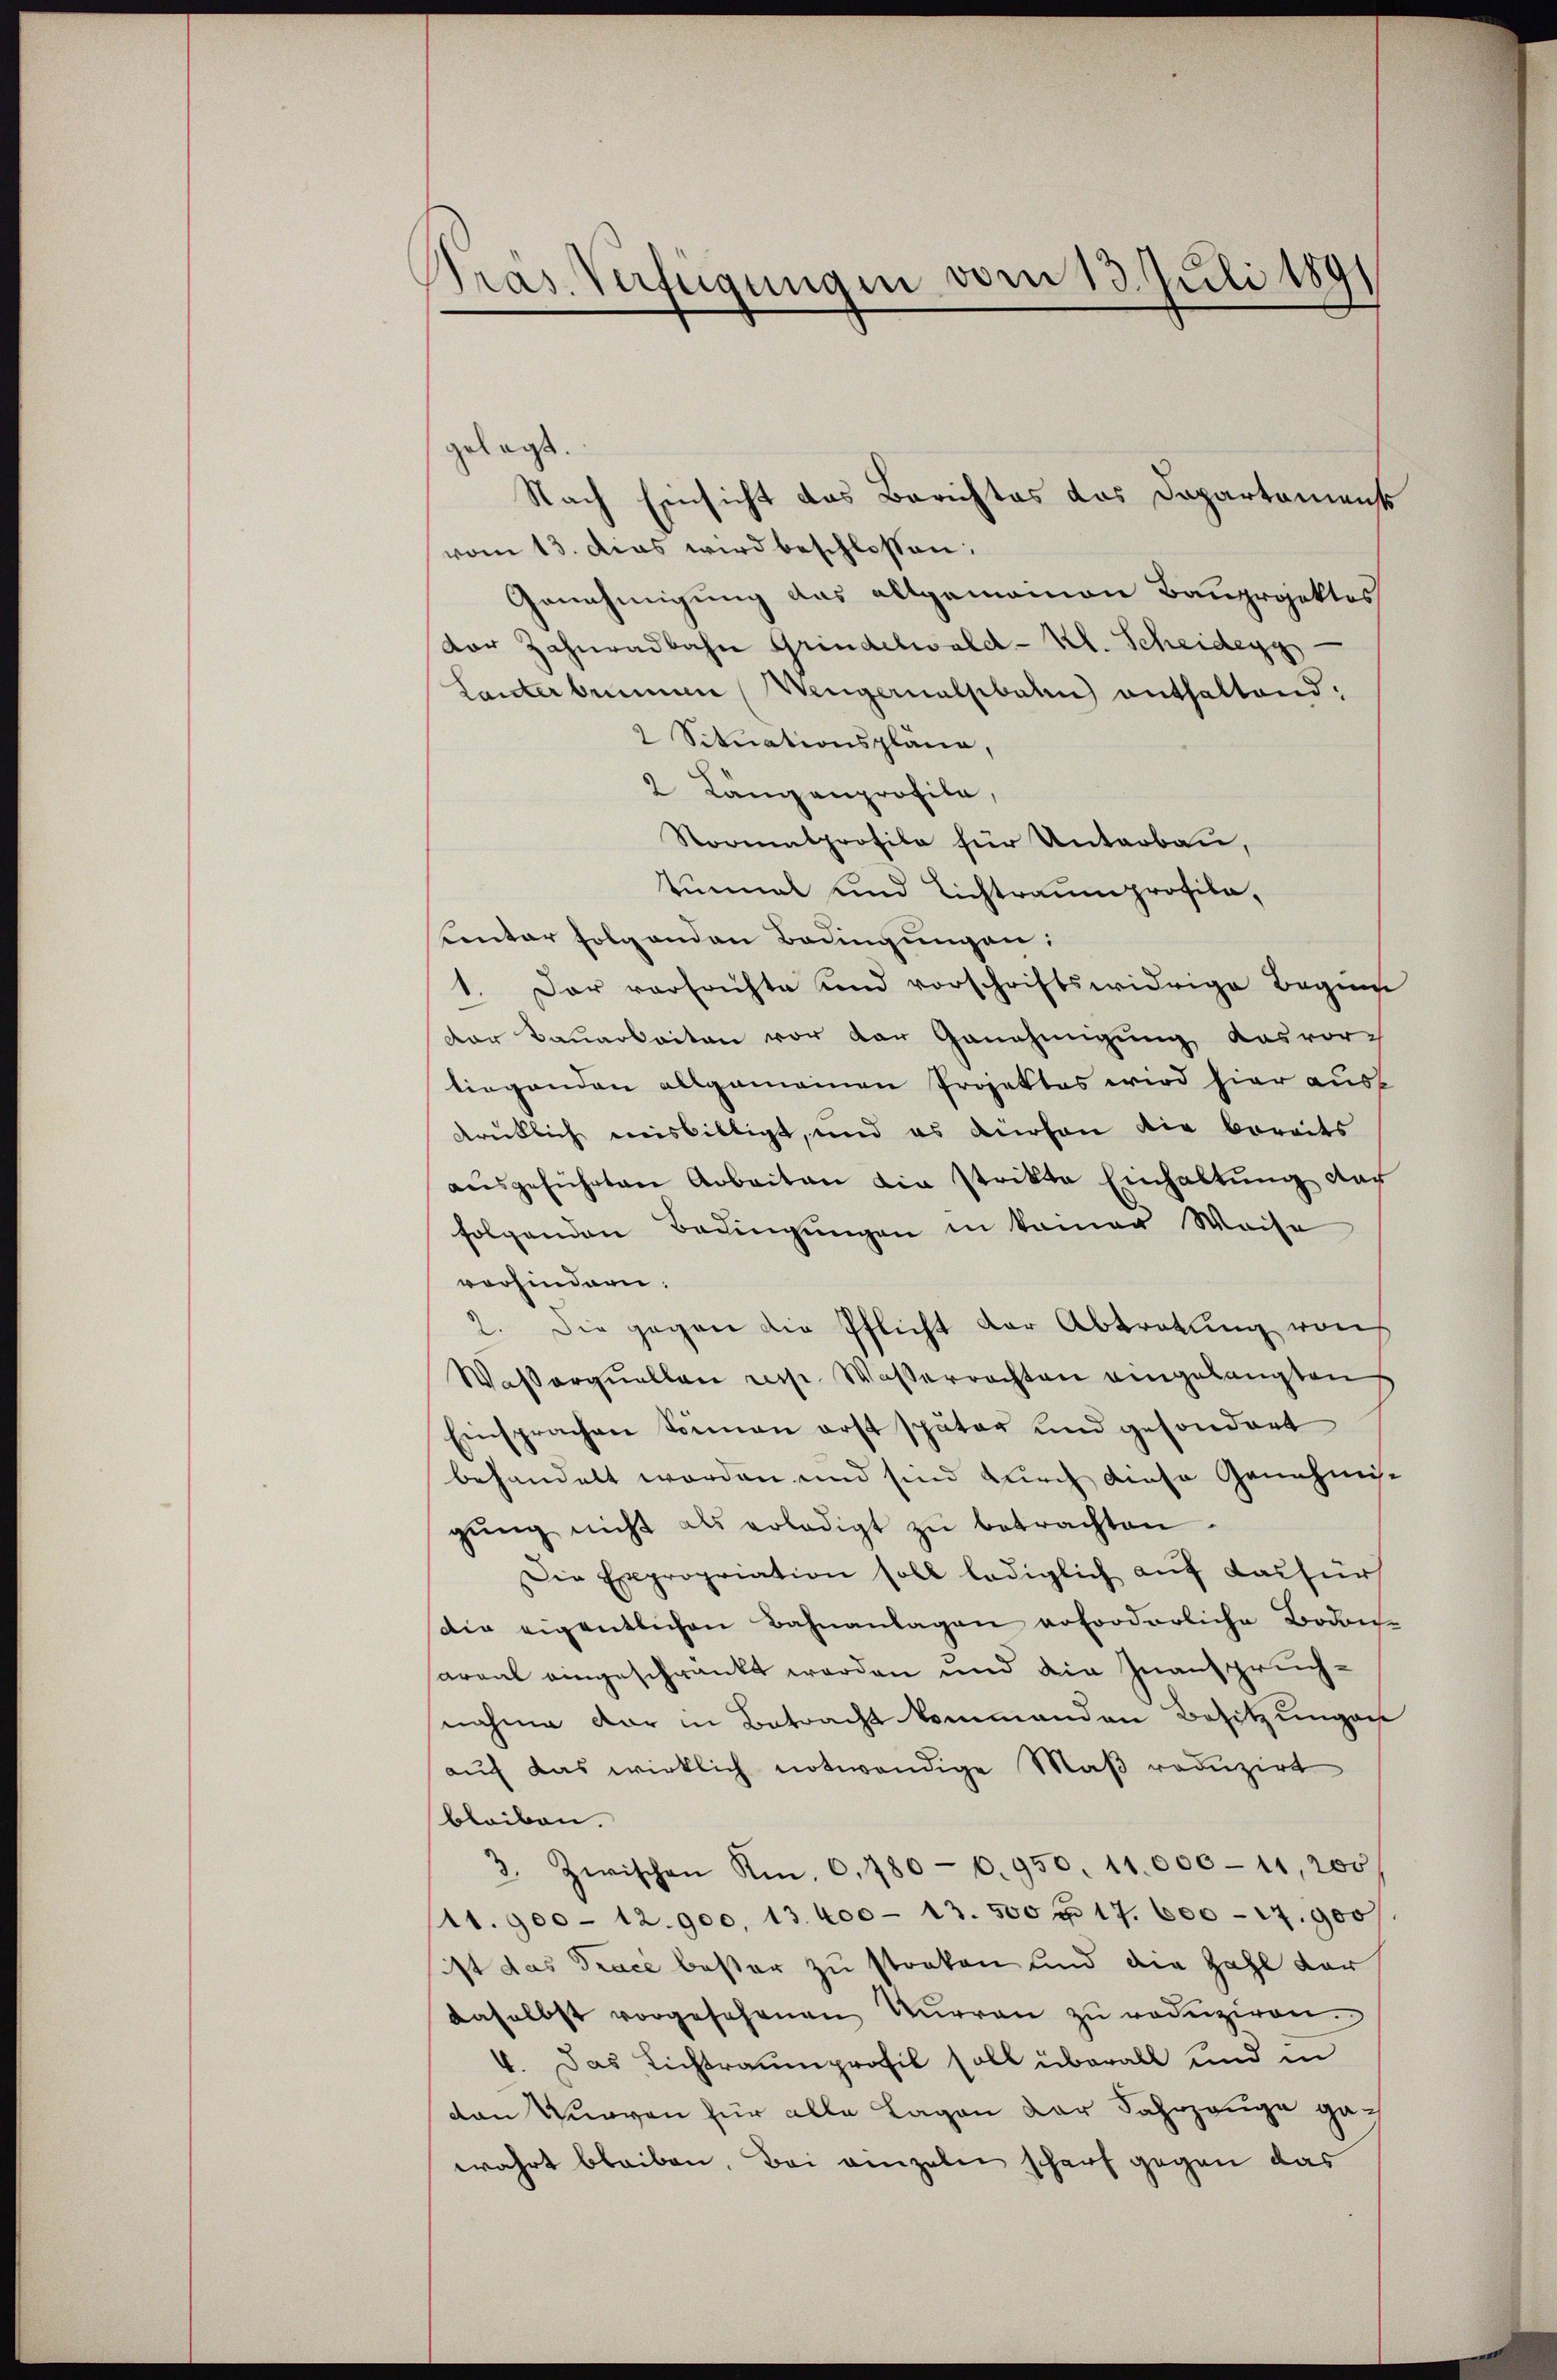
Präs. Verfügungen vom 13. Juli 1891

gelegt.
Nach Einsicht das Berichtes das Departamens
vom 13. das wird beschlossen:
Genehmigung das allgemeinen Bauprojektes
dor Zahnradbahn Grindelwald-Kl. Scheidegg
Lanterbenen Wengernalsbale) enthaltend:
2 Situationspläne,
2 Längenprofila,
Normalprofile für Unterbau,
tinmal und Lichtraumprofila,
Entar folgenden Bedingungen:
1. Der versuchte und vorschriftswidrige Beginn
dor Bauarbeiten vor der Genehmigung das vor-
liegenden allgemeinen Projektes wird hier aus
drüklich misbilligt, und es dürfen die bereits
aŭsgeführten Arbeiten die strikte Einhaltŭng dar
folgenden Bedingungen in keiner Weise
vorhindern.
2. Die gegen die Pflicht der Abtretung vorh
Wasserquellen resp. Wasserrechten eingelangten
Einsprachen Sonnen erst später und gesondert
behandelt worden und sind durch diese Genehmigŭng nicht als erledigt zŭ betrachten.
Die Expropriation soll lediglich auf dasfürs
die eigentlichen Bahnanlagen erforderliche Bodensareal eingeschränkt werden und die Inanspruch-
nahme dar in Betracht kommanden Besitzungen
auf das wirklich notwendige Maß reduzirt
bleiben.
3. Zwischen Km. 0,780-0,950. 11.000-11, 200
(11. 900 - 12. 900, 13. 400 - 13. 500 f 17. 600 -17.900
ist das Trace bester zu streken und die Zahl der
daselbst vorgesehenen Kurren zu reduziren.
4. Das Lichtraumprofil soll überall und in
den Kurven für alle Lagen der Fahrzeuge gewahrt bleiben. Bei einzeln schauf gegen das